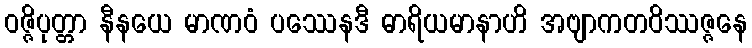
ဝဇ္ဇိပုတ္တာ နီနယေ မာဏဝံ ပဿေနဒီ ဓာရိယမာနာဟိ အဗျာကတဝိဿဇ္ဇနေ